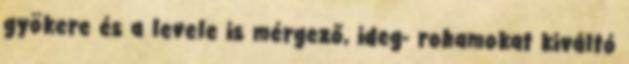
gyökere és a levele is mérgező, ideg- rohamokat kiváltó